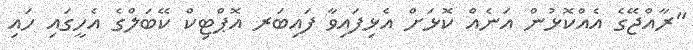
"ރާއްޖޭގެ އެއްކޮޅުން އަނެއް ކޮޅަށް އެޅިފައިވާ ފައިބަރ އޮޕްޓިކް ކޭބަލްގެ އެހީގައި ހައި